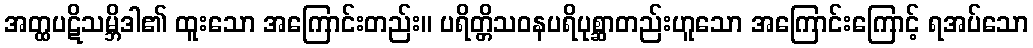
အတ္ထပဋိသမ္ဘိဒါ၏ ထူးသော အကြောင်းတည်း။ ပရိတ္တိသဝနပရိပုစ္ဆာတည်းဟူသော အကြောင်းကြောင့် ရအပ်သော